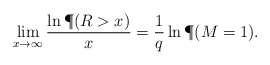
\begin{align*}\lim_{x\to\infty}\frac{\ln \P(R>x)}{x}=\frac{1}{q}\ln\P(M=1).\end{align*}